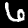
Label: 6